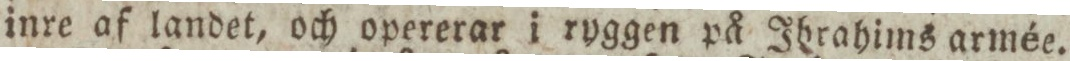
inre af landet, och opererar i ryggen på Ihrahims armée.